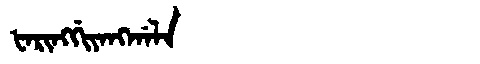
Manchu: ᡶᠠᡵᡳᠩᡤᡳᠶᠠᠩᡤᠠᠯᠠ
Romanization: FARINGGIYANGGALA